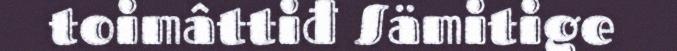
toimâttiđ Sämitige